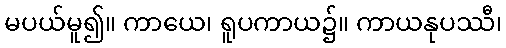
မပယ်မူ၍။ ကာယေ၊ ရူပကာယ၌။ ကာယနုပဿီ၊